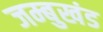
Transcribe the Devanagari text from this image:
जम्बुखंड